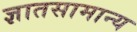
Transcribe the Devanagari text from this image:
ज्ञातसामान्य